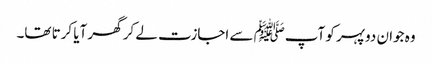
وہ جوان دوپہر کو آپﷺ سے اجازت لے کر گھر آیا کرتا تھا۔